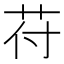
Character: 苻